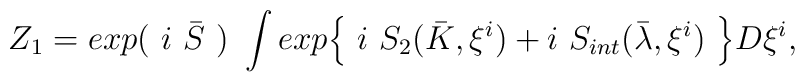
Z_1=exp(~i ~\bar{S}~)~\int exp {\left\{~i~S_{2}(\bar{K},\xi^{i})+i~S_{int}(\bar{\lambda},\xi^{i})~\right\}}D\xi^{i},